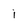
Character: i